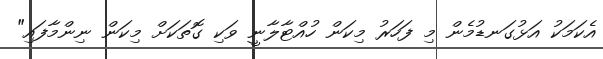
އެކަމަކު އަޅުގަނޑުމެން މި ފަހަރު މިކަން ހުއްޓާލާނީ ވަކި ގޮތަކަށް މިކަން ނިންމާފައި"